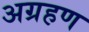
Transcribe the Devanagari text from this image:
अग्रहण